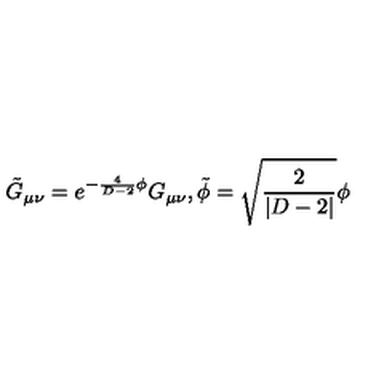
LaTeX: \tilde { G } _ { \mu \nu } = e ^ { - \frac { 4 } { D - 2 } \phi } G _ { \mu \nu } , \tilde { \phi } = \sqrt { \frac { 2 } { | D - 2 | } } \phi